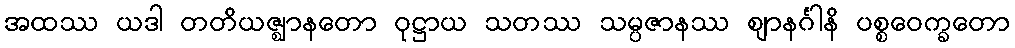
အထဿ ယဒါ တတိယဇ္ဈာနတော ဝုဋ္ဌာယ သတဿ သမ္ပဇာနဿ ဈာနင်္ဂါနိ ပစ္စဝေက္ခတော